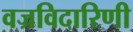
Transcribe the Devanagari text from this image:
वज्रविदारिणी